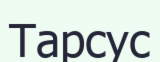
Тарсус